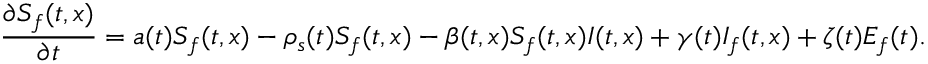
\frac { \partial S _ { f } ( t , x ) } { \partial t } = a ( t ) S _ { f } ( t , x ) - \rho _ { s } ( t ) S _ { f } ( t , x ) - \beta ( t , x ) S _ { f } ( t , x ) I ( t , x ) + \gamma ( t ) I _ { f } ( t , x ) + \zeta ( t ) E _ { f } ( t ) .